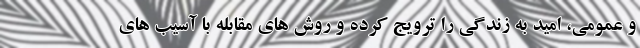
و عمومی، امید به زندگی را ترویج کرده و روش های مقابله با آسیب های